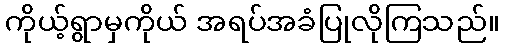
ကိုယ့်ရွာမှကိုယ် အရပ်အခံပြုလိုကြသည်။